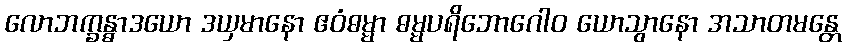
လောဘက္ခန္ဓာဒယော ဒယှမာနော ဧဝံဓမ္မာ ဓမ္မပရိဘောဂေါဝ ယောသွာနော အသာတမန္တေ